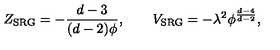
Z _ { \mathrm { S R G } } = - \frac { d - 3 } { ( d - 2 ) \phi } , \qquad V _ { \mathrm { S R G } } = - \lambda ^ { 2 } \phi ^ { \frac { d - 4 } { d - 2 } } ,